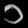
Digit: ၁